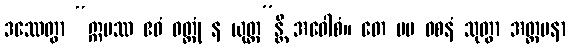
ဒဿေတွာ “ဣမဿ ဧဝံ ဝတ္တုံ န ယုတ္တ”န္တိ အဝေါစံ။ တေ မမ ဝစနံ သုတွာ အတ္တမနာ